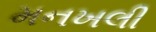
મનખલી